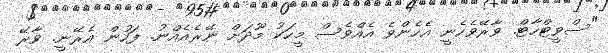
"ސްވީޓްހާޓް. ވާރޭވެހެނީ އެހެންވެ އެއްވެސް މީހަކު މޫދަށް ނޭރެއެއްނު. ފަހުން އެރޭނީ. ވާރޭ